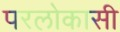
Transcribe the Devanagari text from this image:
परलोकासी